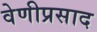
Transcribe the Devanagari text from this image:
वेणीप्रसाद